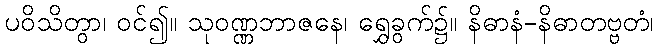
ပဝိသိတွာ၊ ဝင်၍။ သုဝဏ္ဏဘာဇနေ၊ ရွှေခွက်၌။ နိဓာနံ-နိဓာတဗ္ဗတံ၊